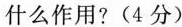
什么作用？（4分）